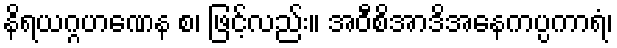
နိရယဂ္ဂဟဏေန စ၊ ဖြင့်လည်း။ အဝီစိအာဒိအနေကပ္ပကာရံ၊